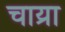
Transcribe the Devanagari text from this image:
चाय्रा